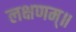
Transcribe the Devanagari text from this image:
लक्षणम्‌॥